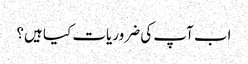
اب آپ کی ضروریات کیا ہیں؟